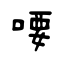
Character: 喓